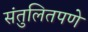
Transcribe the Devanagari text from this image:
संतुलितपणे